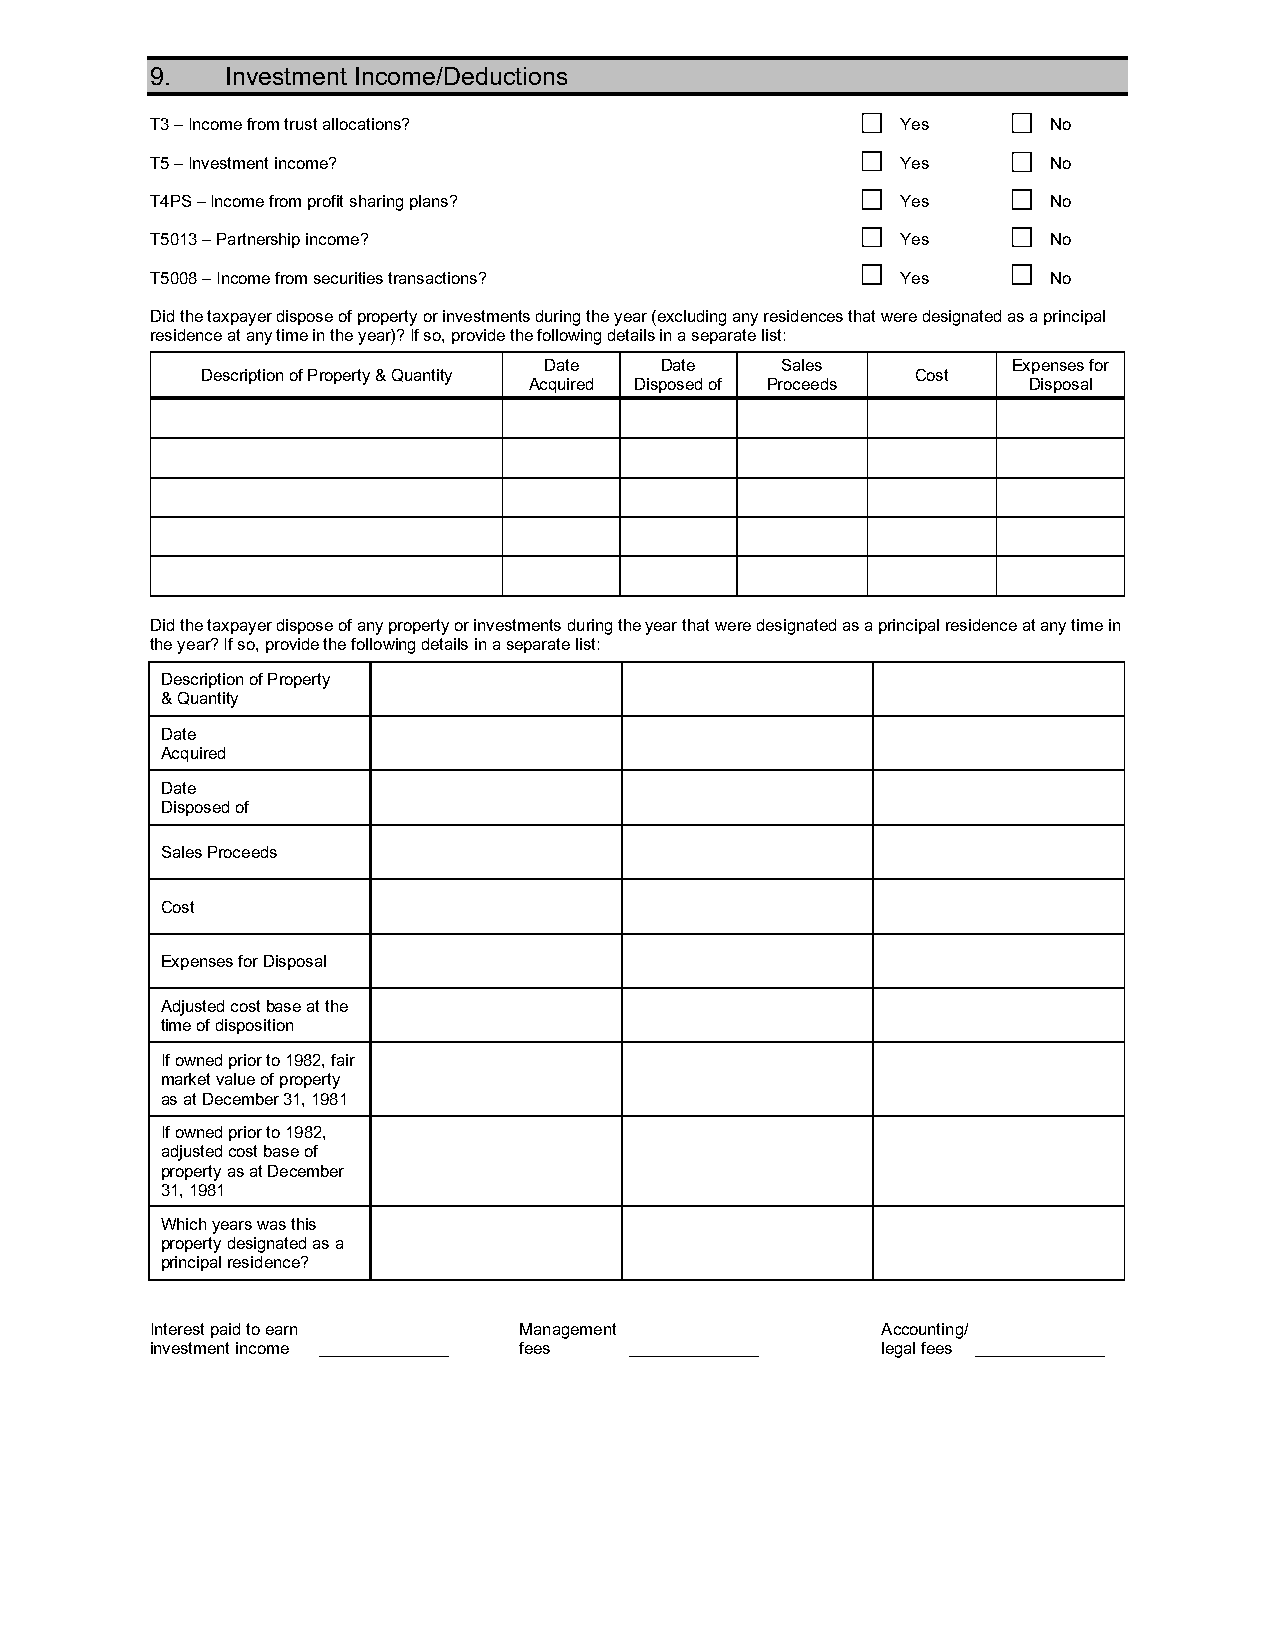
9.   Investment Income/Deductions
 T3 – Income from trust allocations?               Yes       No
 T5 – Investment income?                           Yes       No
 T4PS – Income from profit sharing plans?          Yes       No
 T5013 – Partnership income?                       Yes       No
 T5008 – Income from securities transactions?      Yes       No
 Did the taxpayer dispose of property or investments during the year (excluding any residences that were designated as a principal
 residence at any time in the year)? If so, provide the following details in a separate list:
 Date    Date    Sales          Expenses for
 Description of Property & Quantity              Cost
 Acquired Disposed of Proceeds    Disposal
 Did the taxpayer dispose of any property or investments during the year that were designated as a principal residence at any time in
 the year? If so, provide the following details in a separate list:
 Description of Property
 & Quantity
 Date
 Acquired
 Date
 Disposed of
 Sales Proceeds
 Cost
 Expenses for Disposal
 Adjusted cost base at the
 time of disposition
 If owned prior to 1982, fair
 market value of property
 as at December 31, 1981
 If owned prior to 1982,
 adjusted cost base of
 property as at December
 31, 1981
 Which years was this
 property designated as a
 principal residence?
 Interest paid to earn   Management              Accounting/
 investment income ______________ fees ______________ legal fees ______________